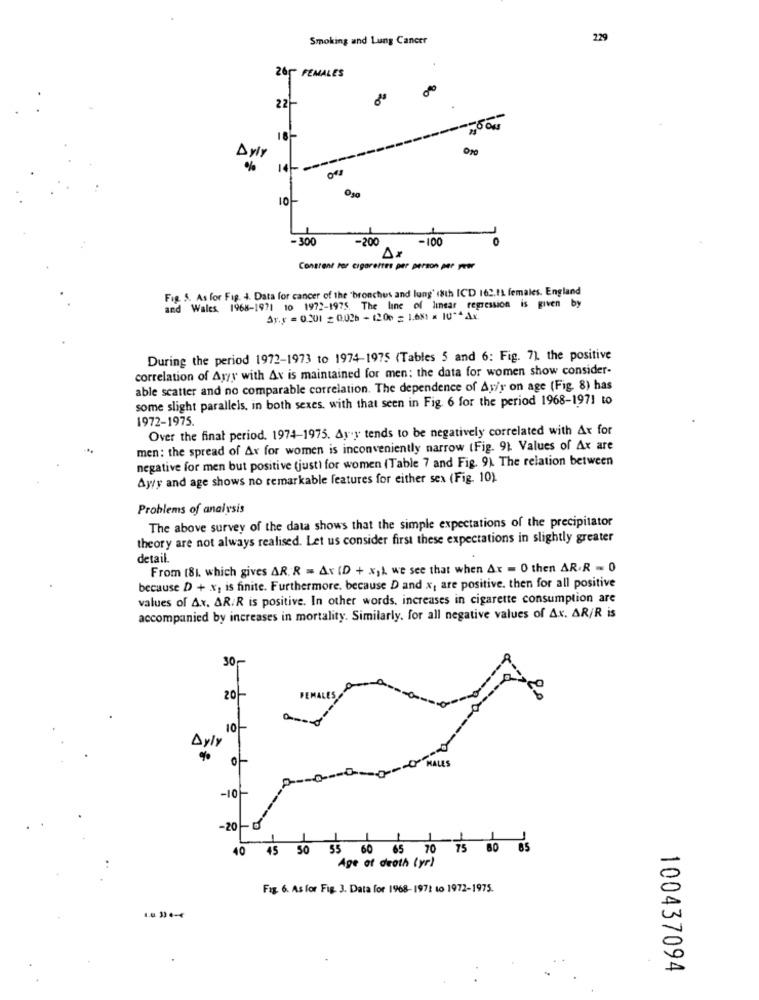
Smoking and Lung Cancer
229
265 FEMALES
22-
Byly
%
O
-300
-200
-100
O
Content For cigarettes per person per year
Fig. S. As for Fig. 4. Data for cancer of the "bronchus and lung' (8th ICD 162.11 females. England
and Wales, 1968-1971 10 1972-1975. The line of linear regression is given by
Ay.y = 0.201 2 0.026 - 1200 = 1.681 = IU ** Ax.
During the period 1972-1973 to 1974-1975 (Tables 5 and 6: Fig. 7) the positive
correlation of Aryy with Av is maintained for men: the data for women show consider-
able scatter and no comparable correlation. The dependence of Ay/y on age (Fig. 8) has
some slight parallels, in both sexes, with that seen in Fig. 6 for the period 1968-1971 to
1972-1975.
Over the final period. 1974-1975. Ayy tends to be negatively correlated with Ax for
men: the spread of Ax for women is inconveniently narrow (Fig. 9) Values of Ax are
negative for men but positive (just) for women (Table 7 and Fig. 9). The relation between
Ayty and age shows no remarkable features for either sex (Fig. 10).
Problems of analysis
The above survey of the data shows that the simple expectations of the precipitator
theory are not always realised. Let us consider first these expectations in slightly greater
detail.
From 181. which gives AR. R = Av (D + x)) we see that when Ar - O then AR.R - 0
because D + x, is finite. Furthermore, because D and x; are positive. then for all positive
values of Ax. AR/R is positive. In other words, increases in cigarette consumption are
accompanied by increases in mortality. Similarly, for all negative values of Ax. AR/R is
30-
20
10
Ayly
%
0 ----------- MALES
-10 --
-20
40
45 50 55 60 65 70 75 80 85
Age of death lyr)
Fig. 6. As for Fig. 3. Data for 1968-1971 to 1972-1975.
100437094